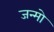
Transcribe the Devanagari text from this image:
जन्मो